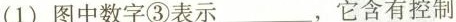
(1)图中数字③表示___，它含有控制